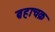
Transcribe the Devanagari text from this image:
ब्रहाचक्र